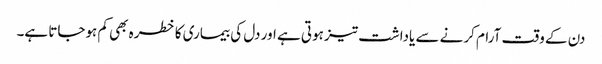
دن کے وقت آرام کرنے سے یاداشت تیز ہوتی ہے اور دل کی بیماری کا خطرہ بھی کم ہوجاتا ہے۔